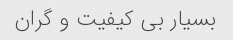
بسیار بی کیفیت و گران